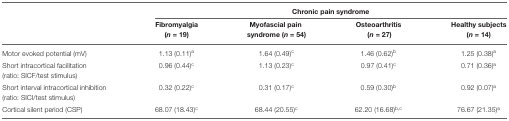
|  | <COLSPAN=4> Chronic pain syndrome |
 |  | Fibromyalgia (n = 19) | Myofascial pain syndrome (n = 54) | Osteoarthritis (n = 27) | Healthy subjects (n = 14) |
 | --- | --- | --- | --- | --- |
 | Motor evoked potential (mV) | 1.13 (0.11)a | 1.64 (0.49)c | 1.46 (0.62)b | 1.25 (0.38)a |
 | Short intracortical facilitation (ratio: SICF/test stimulus) | 0.96 (0.44)c | 1.13 (0.23)c | 0.97 (0.41)c | 0.71 (0.36)a |
 | Short interval intracortical inhibition (ratio: SICI/test stimulus) | 0.32 (0.22)c | 0.31 (0.17)c | 0.59 (0.30)b | 0.92 (0.07)a |
 | Cortical silent period (CSP) | 68.07 (18.43)c | 68.44 (20.55)c | 62.20 (16.68)b,c | 76.67 (21.35)a |